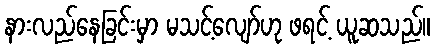
နားလည်နေခြင်းမှာ မသင့်လျော်ဟု ဖရင့် ယူဆသည်။